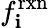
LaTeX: f_{\mathbf{i}}^{\mathrm{{rxn}}}